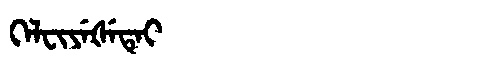
Manchu: ᡴᡝᠯᠸᡳᠶᡝᡧᡝᡨᡝᡳ
Romanization: KELFIYEŠETEI